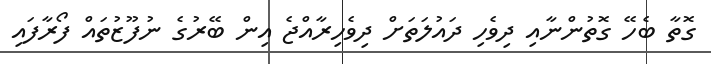
ގޮތާ ބެހޭ ގޮތުންނާއި ދިވެހި ދައުލަތަށް ދިވެހިރާއްޖެ އިން ބޭރުގެ ނުފޫޒުތައް ފޯރާފައި